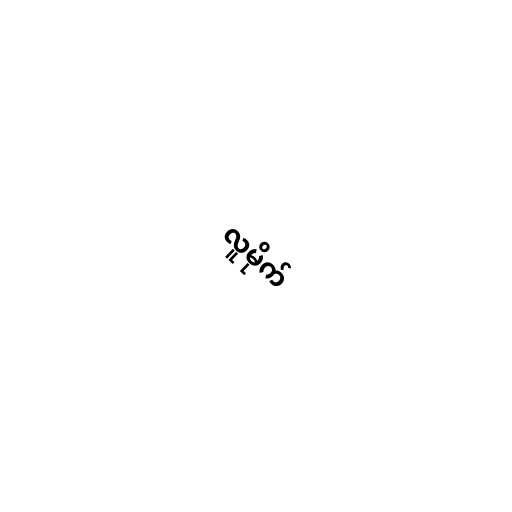
လူမိုက်